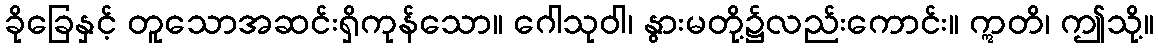
ခိုခြေနှင့် တူသောအဆင်းရှိကုန်သော။ ဂေါသုဝါ၊ နွားမတို့၌လည်းကောင်း။ ဣတိ၊ ဤသို့။